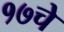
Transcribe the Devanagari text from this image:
१७चे